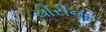
ચૌરીના